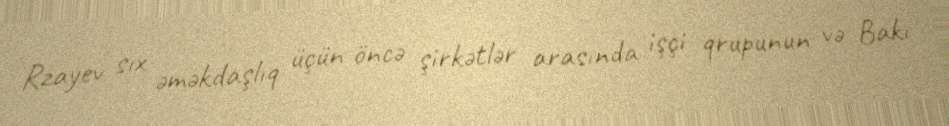
Rzayev sıx əməkdaşlıq üçün öncə şirkətlər arasında işçi qrupunun və Bakı